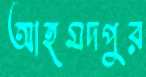
আহমদপুর